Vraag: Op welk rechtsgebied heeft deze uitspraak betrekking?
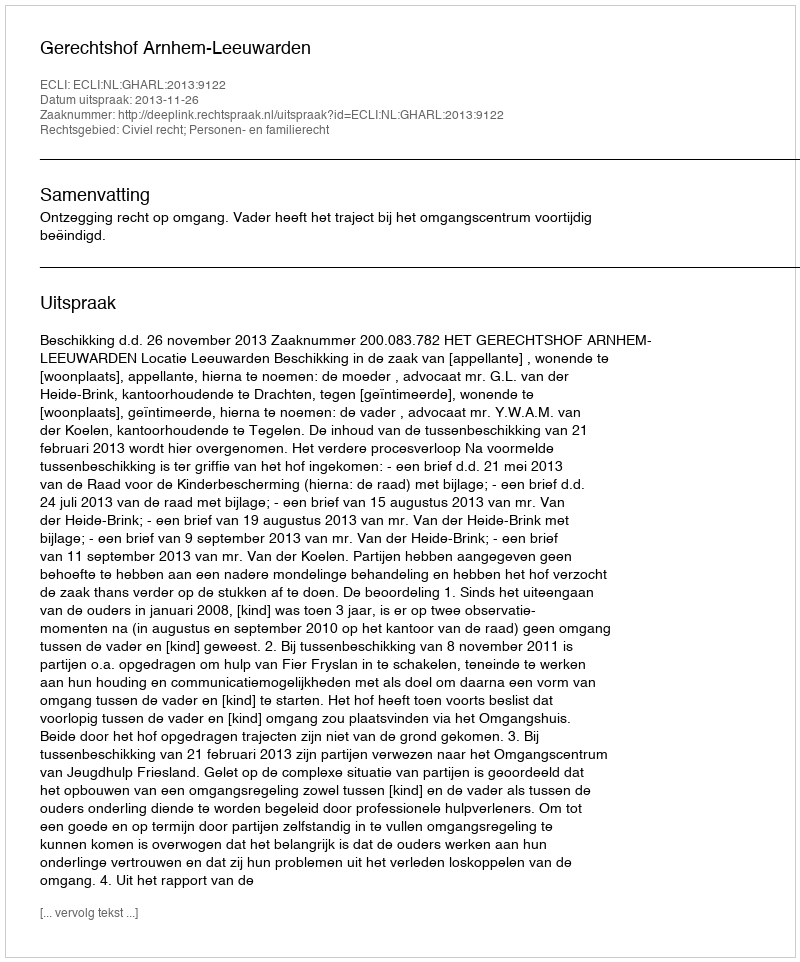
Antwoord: Civiel recht; Personen- en familierecht